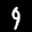
Label: 9